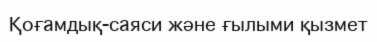
Қоғамдық-саяси және ғылыми қызмет